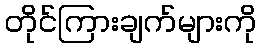
တိုင်ကြားချက်များကို